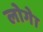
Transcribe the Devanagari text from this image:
लोगेा